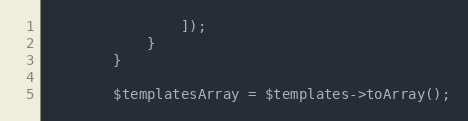
Language: PHP
                ]);
            }
        }

        $templatesArray = $templates->toArray();